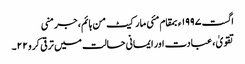
اگست ١٩٩٧ء بمقام مئی مارکیٹ من ہائم، جرمنی
تقویٰ ، عبادت اور ایمانی حالت میں ترقی کرو ٢٢۔